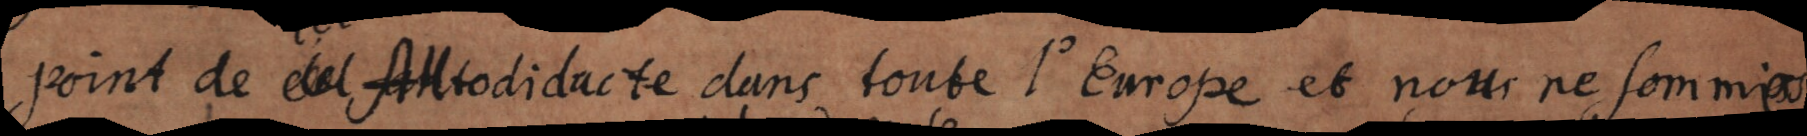
point de Autodidacte dans toute l’Europe et nous ne sommes